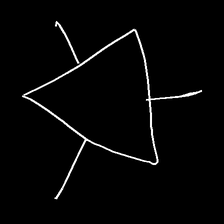
Glyph: fire